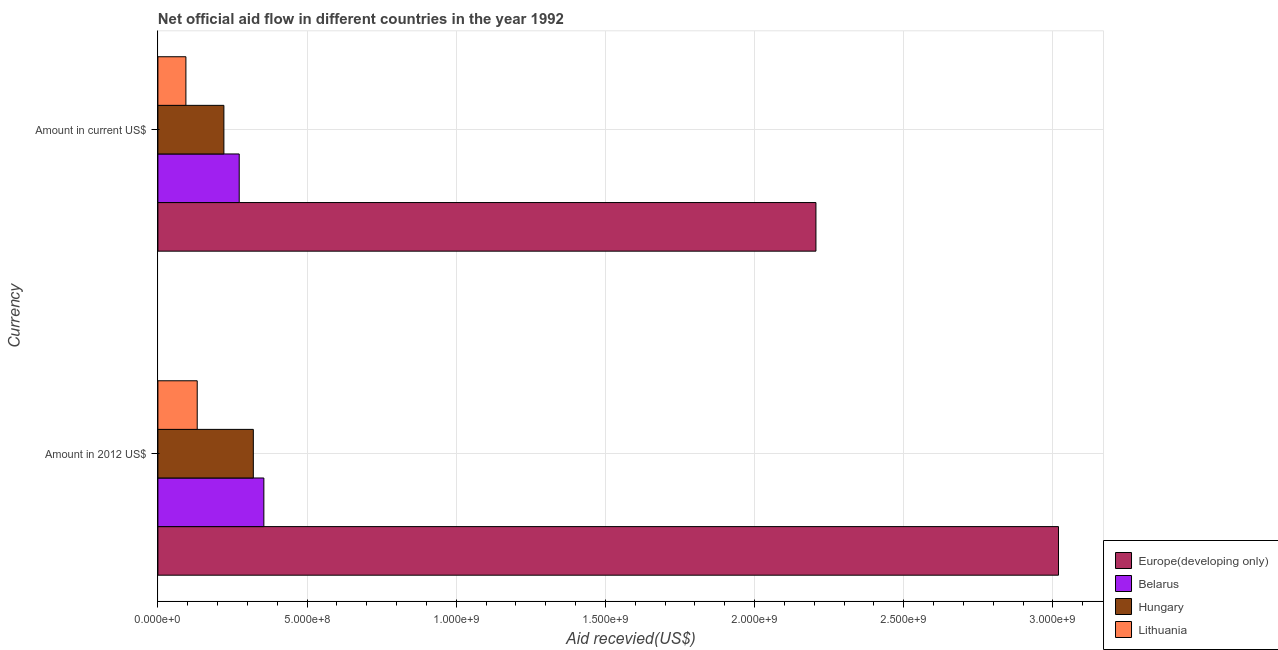
| Currency | Europe(developing only) | Belarus | Hungary | Lithuania |
 | --- | --- | --- | --- | --- |
 | Amount in 2012 US$ | 3.02e+09 | 3.55e+08 | 3.2e+08 | 1.32e+08 |
 | Amount in current US$ | 2.21e+09 | 2.73e+08 | 2.21e+08 | 9.38e+07 |